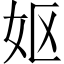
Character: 妪